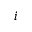
i